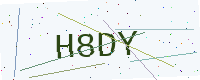
Text: H8DY